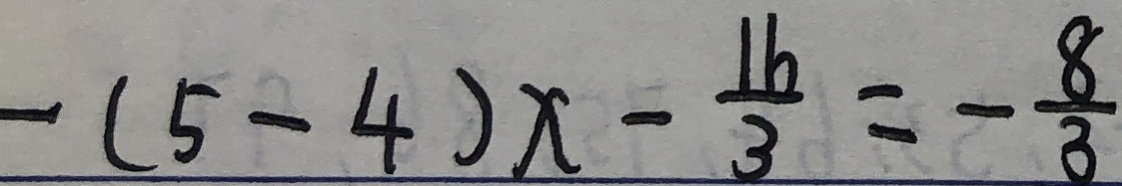
- ( 5 - 4 ) x - \frac { 1 6 } { 3 } = - \frac { 8 } { 3 }